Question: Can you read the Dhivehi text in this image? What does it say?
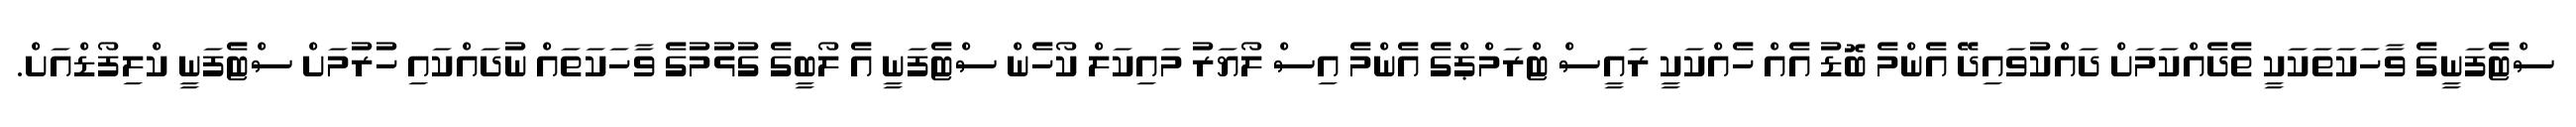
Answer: ސްޓެފަނީގެ ވާހަކަތަކަކީ ތެދެއްކަމަށް ދައްކުވައިދޭ އެންމެ ބޮޑު އެއް ހެއްކަކީ ރައީސް ޓްރަމްޕްގެ އެންމެ އިސް ލޯޔަރު މައިކަލް ކޯހެން ސްޓެފަނީ އެ ލޯބީގެ ގުޅުމުގެ ވާހަކަތައް ނުދައްކައި ހުރުމަށް ސްޓެފަނީ ކްލިފޯޑްއަށް.